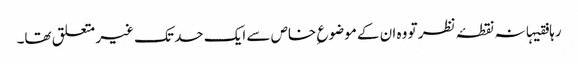
رہا فقیہانہ نقطۂ نظر تو وہ ان کے موضوع ِ خاص سے ایک حد تک غیر متعلق تھا۔